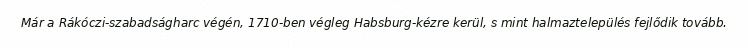
Már a Rákóczi-szabadságharc végén, 1710-ben végleg Habsburg-kézre kerül, s mint halmaztelepülés fejlődik tovább.